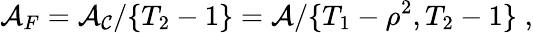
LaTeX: {\cal A}_{F}={\cal A_{C}}/\{ T_{2}-1\} ={\cal A}/\{ T_{1}-\rho^{2},T_{2}-1\} \; ,